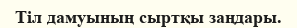
Тіл дамуының сыртқы заңдары.